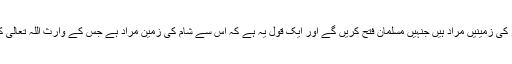
حضرت عبد اللہ بن عباس رَضِیَ اللہ تَعَالٰی عَنْہُمَا فرماتے ہیں کہ اس سے کفار کی زمینیں مراد ہیں جنہیں مسلمان فتح کریں گے اور ایک قول یہ ہے کہ اس سے شام کی زمین مراد ہے جس کے وارث اللہ تعالیٰ کے وہ نیک بندے ہوں گے جو اس وقت شام میں رہنے والوں کے بعد آئیں گے۔